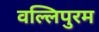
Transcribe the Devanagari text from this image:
वल्लिपुरम